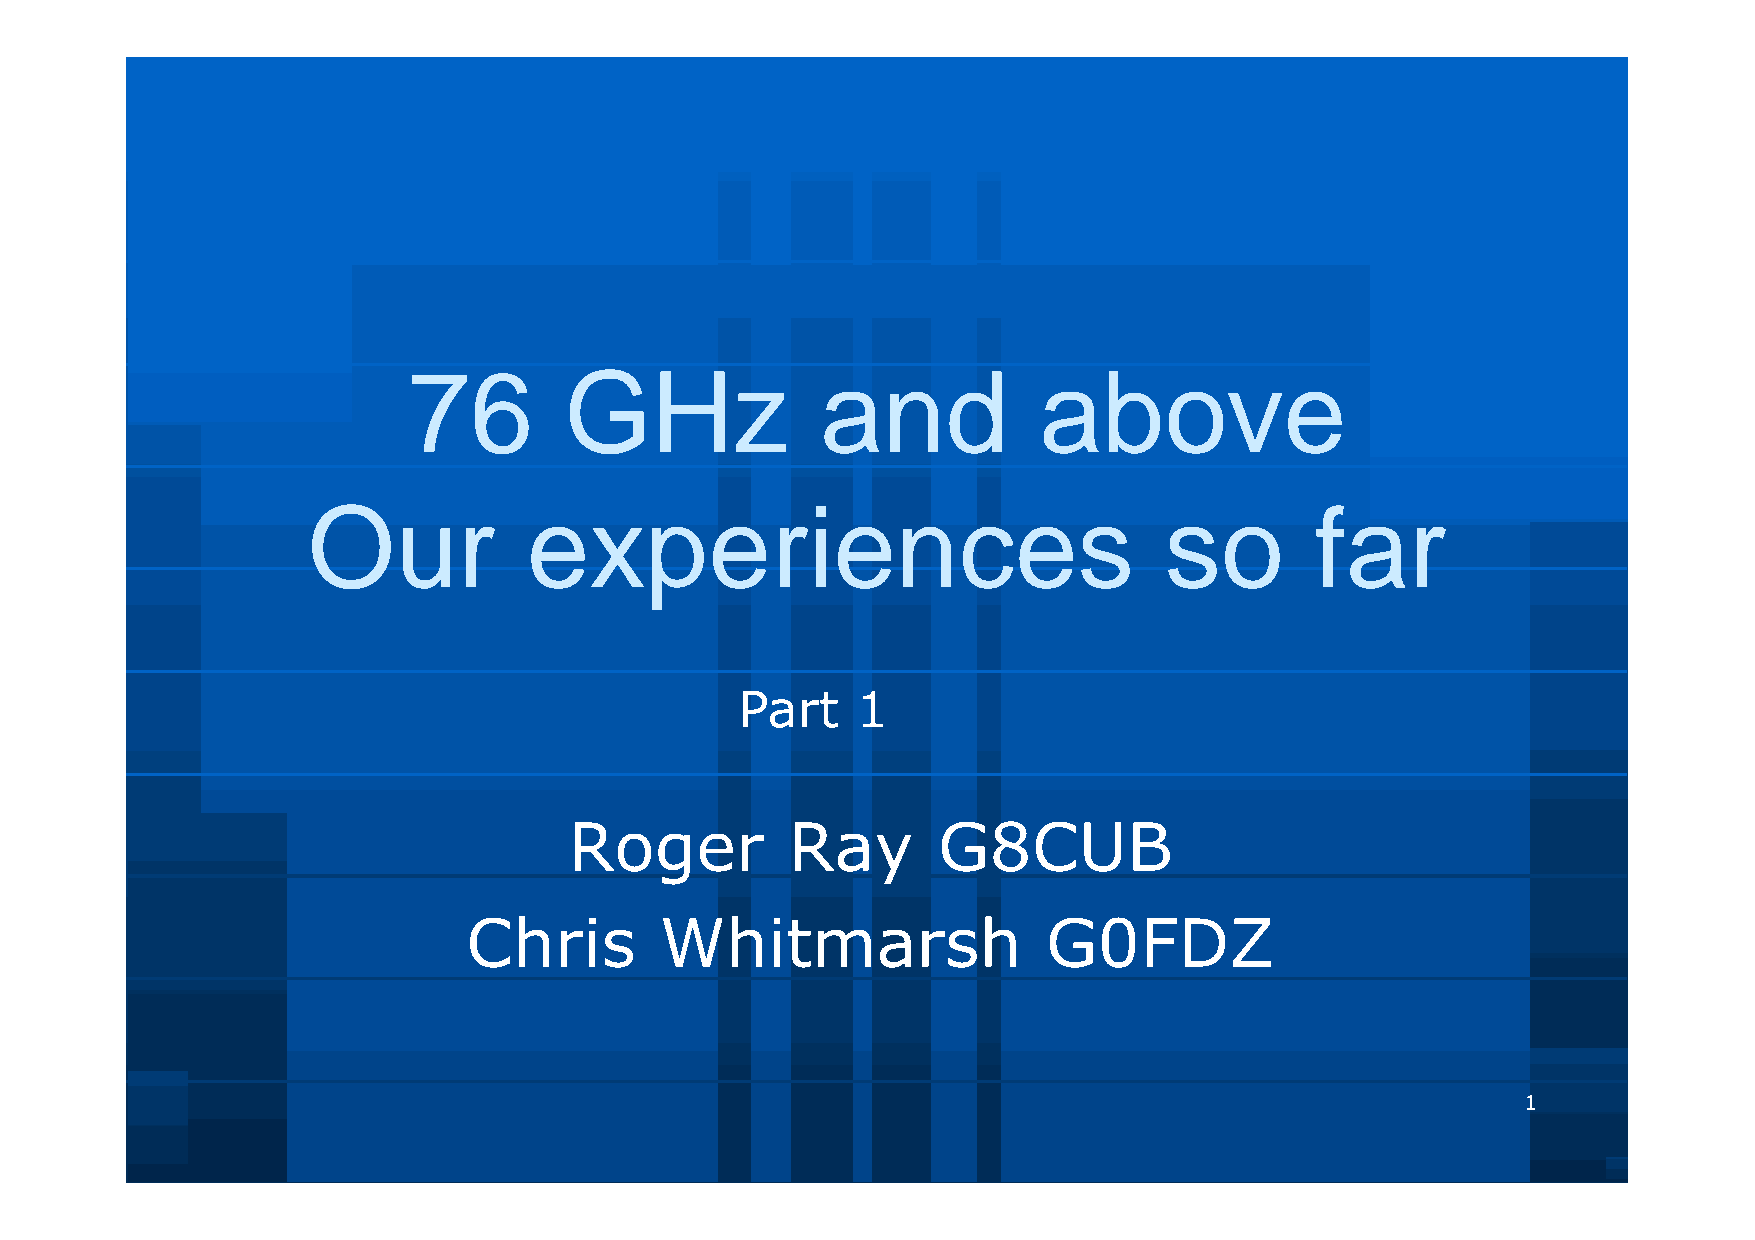
76        GHz              and            above
 Our            experiences                               so        far
 Part    1
 Roger         Ray       G8CUB
 Chris        Whitmarsh                G0FDZ
 1